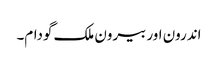
اندرون اور بیرون ملک گودام۔